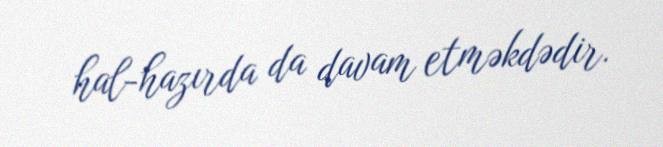
hal-hazırda da davam etməkdədir.